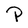
Character: P